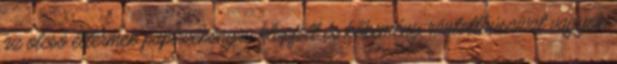
az olcsó éttermek papírvékonyra klopfolt és kőkemény rántotthúsaival vagyok